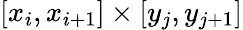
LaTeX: [x_{i},x_{i+1}]\times[y_{j},y_{j+1}]